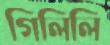
গিলিলি